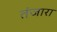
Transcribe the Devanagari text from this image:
तंजारा